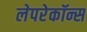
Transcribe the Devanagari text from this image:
लेपरेकॉन्स